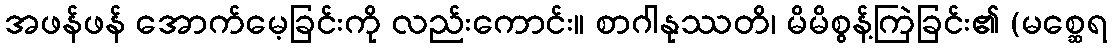
အဖန်ဖန် အောက်မေ့ခြင်းကို လည်းကောင်း။ စာဂါနုဿတိ၊ မိမိစွန့်ကြဲခြင်း၏ (မစ္ဆေရ